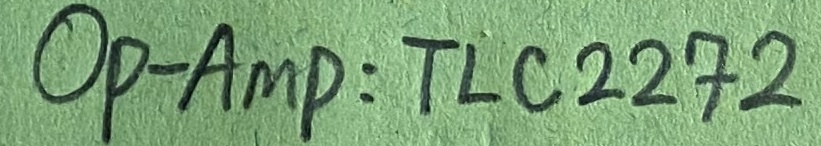
Text: OP-AMP:TLC2272